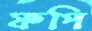
ফপি